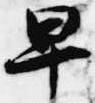
早